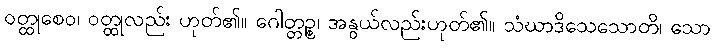
ဝတ္ထုစေဝ၊ ဝတ္ထုလည်း ဟုတ်၏။ ဂေါတ္တဉ္စ၊ အနွယ်လည်းဟုတ်၏။ သံဃာဒိသေသောတိ၊ သော